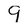
Character: 9